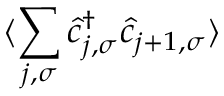
\langle \sum _ { j , \sigma } \hat { c } _ { j , \sigma } ^ { \dag } \hat { c } _ { j + 1 , \sigma } \rangle